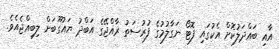
އާއި ބައްދަލުކޮށް އެކުގައި ފޮޓޯ ނަގާލުމުގެ ފުރުސަތު ރާއްޖޭގެ އަބްދު ޔައުގޫބަށް ލިބިއްޖެއެވެ.